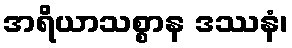
အရိယာသစ္စာန ဒဿနံ၊